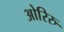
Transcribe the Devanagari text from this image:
ओरिरु